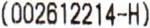
(002612214-H)